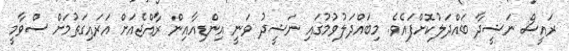
ރައީސް ނަޝީދާ ބައްދަލުކޮށްފައެވެ. މިބައްދަލުވުމުގައި ނަޝީދު ވަނީ އިންޑިއާއިން ރާއްޖެއަށް އަރައިގަތުމަށް ސްވާމީ